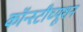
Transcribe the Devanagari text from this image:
कॉन्स्टीच्यूशन